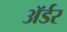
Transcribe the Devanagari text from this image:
ॲर्डर